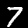
Label: 7